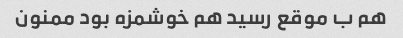
هم ب موقع رسید هم خوشمزه بود ممنون